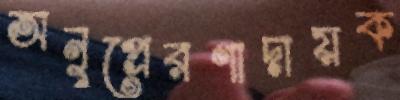
অনুপ্রেরণাদায়ক